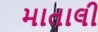
માતાલી